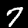
Label: 7